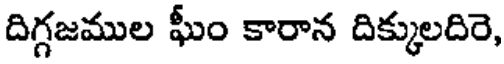
దిగ్గజముల ఘీం కారాన దిక్కులదిరె,